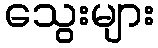
သွေးများ